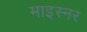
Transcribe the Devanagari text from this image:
माइस्नर